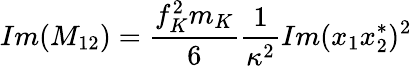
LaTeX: Im(M_{12})=\frac{f_{K}^{2}m_{K}}{6}\frac{1}{\kappa^{2}}Im(x_{1}x_{2}^{*})^{2}